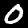
Digit: 0